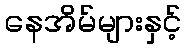
နေအိမ်များနှင့်